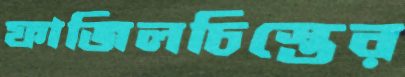
ফাজিলচিস্তের